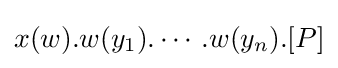
x(w).w(y_{1}).\cdots .w(y_{n}).[P]